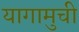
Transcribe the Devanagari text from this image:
यागामुची